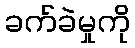
ခက်ခဲမှုကို